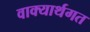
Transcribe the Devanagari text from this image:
वाक्यार्थगत